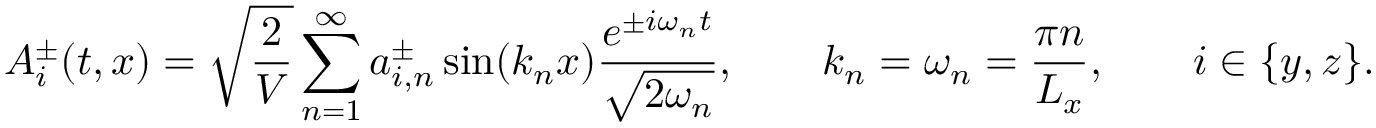
A _ { i } ^ { \pm } ( t , x ) = \sqrt { \frac { 2 } { V } } \sum _ { n = 1 } ^ { \infty } a _ { i , n } ^ { \pm } \sin ( k _ { n } x ) \frac { e ^ { \pm i \omega _ { n } t } } { \sqrt { 2 \omega _ { n } } } , \qquad k _ { n } = \omega _ { n } = \frac { \pi n } { L _ { x } } , \qquad i \in \{ y , z \} .